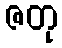
ဇတု